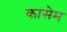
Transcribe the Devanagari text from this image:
कासेम